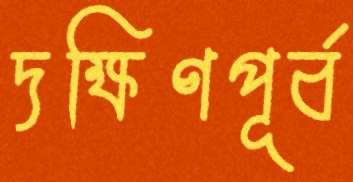
দক্ষিণপূর্ব